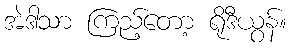
အဲဒါသာ ကြည့်တော့ ရိုဒီယွန်။